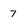
Character: 7